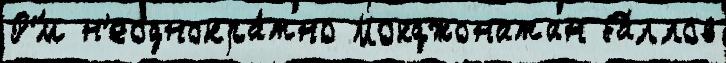
Р'́м н'еоднокра́тно Мокджонатан ба́ллов